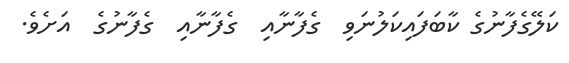
ކަލޭގެފާނުގެ ކާބަފައިކަލުނަވި  ގެފާނާއި  ގެފާނާއި  ގެފާނުގެ  އަށެވެ.